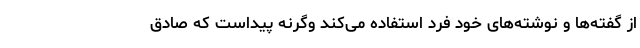
از گفته‌ها و نوشته‌های خود فرد استفاده می‌کند وگرنه پیداست که صادق